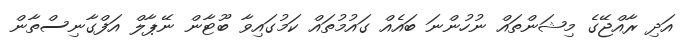
އަދި ރާއްޖޭގެ މިޝަންތައް ނުހުންނަ ބައެއް ގައުމުތައް ކަމުގައިވާ ބޫޓާން ނޭޕާލް އަފްގާނިސްތާން